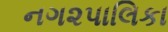
નગ૨પાલિકા